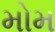
મોમ